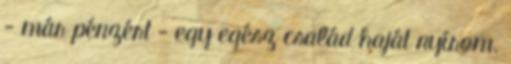
- már pénzért - egy egész család haját nyírom.